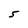
Character: 5